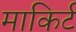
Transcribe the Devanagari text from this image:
माकिर्ट